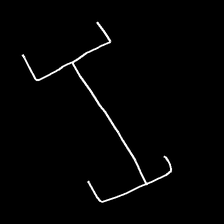
Glyph: entwine